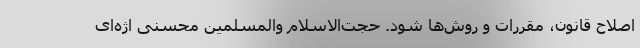
اصلاح قانون، مقررات و روش‌ها شود. حجت‌الاسلام والمسلمین محسنی اژه‌ای